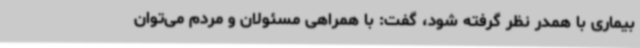
بیماری با همدر نظر گرفته شود، گفت: با همراهی مسئولان و مردم می‌توان